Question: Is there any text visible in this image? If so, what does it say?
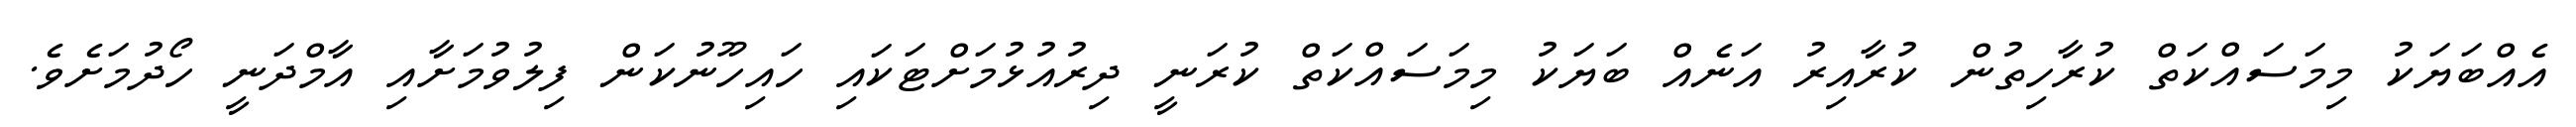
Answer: އެއްބަޔަކު މިމަސައްކަތް ކުރާހިތުން ކުރާއިރު އަނެއް ބަޔަކު މިމަސައްކަތް ކުރަނީ ދިރުއުޅުމަށްޓަކައި ހައިހޫނުކަން ފިލުވުމަށާއި އާމްދަނީ ހޯދުމަށެވެ.